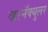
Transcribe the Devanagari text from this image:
व्हरनॅक्युलर